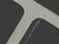
تراك